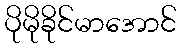
ပိုမိုခိုင်မာအောင်